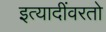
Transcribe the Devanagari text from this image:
इत्यादींवरतो